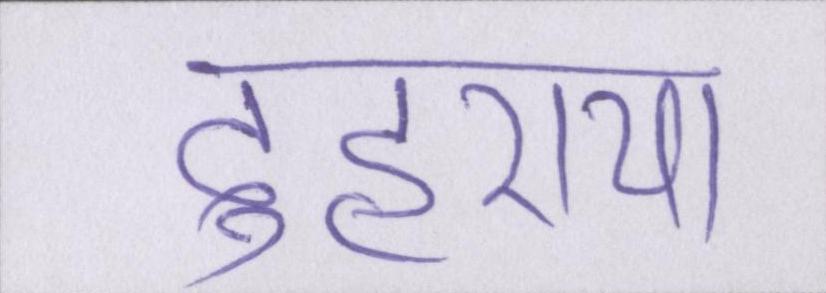
दुहराया